Annual administration report of the Bombay Presidency - 1887-1892
Year: 1887
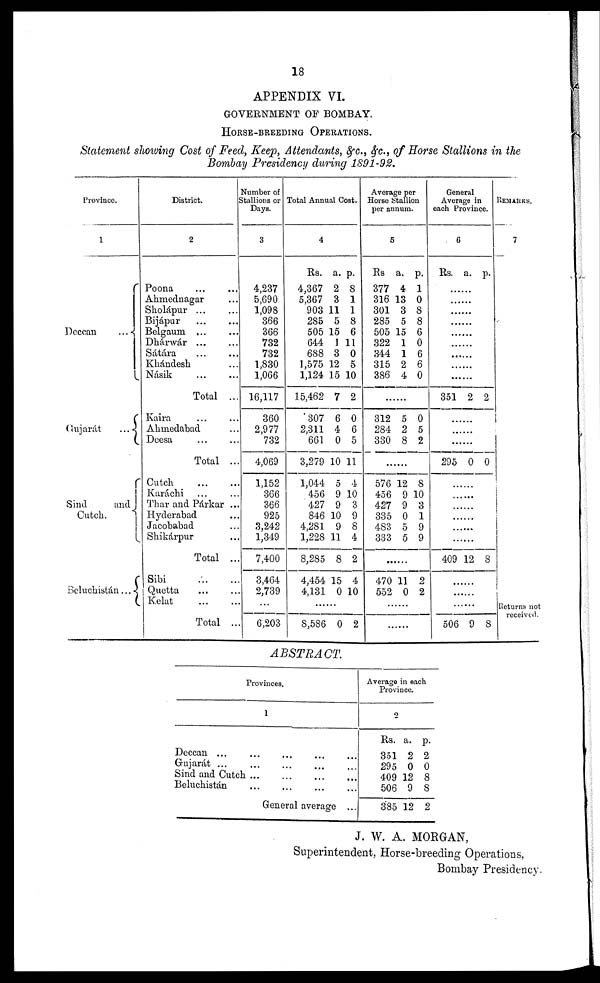
18
APPENDIX VI.
GOVERNMENT OF BOMBAY.
HORSE-BREEDING OPERATIONS.
Statement showing Cost of Feed, Keep, Attendants, &c., &c., of Horse Stallions in the
Bombay Presidency during 1891-92.
Province.
1
Deccan ...
Gujarát ...
Sind
and
Cutch.
Beluchistán ...
District.
2
Poona ... ...
Ahmednagar ...
Sholápur ... ...
Bijápur ... ...
Belgaum ... ...
Dhárwár ... ...
Sátára ... ...
Khándesh ...
Násik ... ...
Total ...
Kaira ... ...
Ahmedabad ...
Dcesa ... ...
Total ...
Cutch ... ...
Karachi
Thar and Párkar ...
Hyderabad
Jacobabad ...
Shikárpur ...
Total ...
Sibi ... ...
Quetta ... ...
Kelat ... ...
Total ...
Number of
Stallions or
Days.
3
4,237
5,690
1,098
866
366
732
732
1,830
1,066
16,117
360
2,977
732
4,069
1,152
366
366
925
3,242
1,349
7,400
3,464
2,739
...
6,203
Total Annual Cost.
4
Rs.
4,367
5,367
903
285
505
644
688
1,575
1,124
15,462
307
2,311
661
3,279
1,044
456
427
846
4,281
1,228 11
8,285
4,454
4,131
a.
2
3
11
5
15
1
3
12
15 10
7
6
4
0
10
5
9
9
10
9
8
15
0
p.
8
1
1
8
6
11
0
5
2
0
6
5
11
4
10
3
9
8
4
2
4
10
......
8,586 0 2
Averag per
Horse Stallion
per annum.
5
Rs
377
316
301
285
505
322
344
315
386
a.
4
13
3
5
15
1
1
2
4
p.
1
0
8
8
6
0
6
6
0
......
312
284
330
5
2
8
0
5
2
......
576
456
427
335
483
333
12
9
9
0
5
5
8
10
3
1
9
9
......
470
552
11
0
......
......
2
2
Geneneral
Average in
each Province.
6
Rs. a. p.
......
......
......
......
......
......
......
......
......
351 2 2
......
......
......
295 0 0
......
......
......
......
......
......
409 12 8
......
......
......
506 9 8
REMARKS.
7
Returns not
received.
ABSTRACT.
Provinces.
1
Deccan ... ... ... ... ...
Gujarát ... ... ... ... ...
Sind and Cutch ... ... ... ...
Beluchistán ... ... ... ...
General average ...
Average in each
Province.
2
Rs.
351
295
409
506
385
a.
2
0
12
9
12
p.
2
0
8
8
2
J. W. A. MORGAN,
Superintendent, Horse-breeding Operations,
Bombay Presidency.